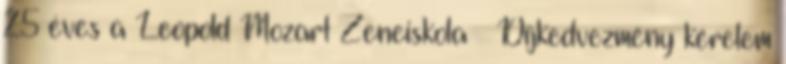
25 éves a Leopold Mozart Zeneiskola – Díjkedvezmény kérelem